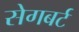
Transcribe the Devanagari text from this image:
सेगबर्ट